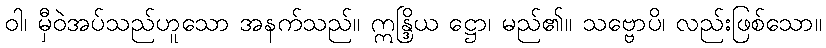
ဝါ၊ မှီဝဲအပ်သည်ဟူသော အနက်သည်။ ဣန္ဒြိယ ဋ္ဌော၊ မည်၏။ သဗ္ဗောပိ၊ လည်းဖြစ်သော။